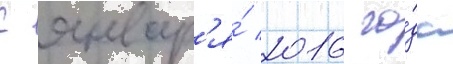
С январ'я́ 2016 го́да